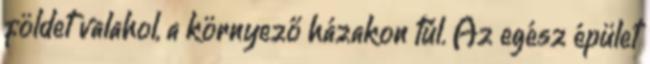
földet valahol, a környező házakon túl. Az egész épület